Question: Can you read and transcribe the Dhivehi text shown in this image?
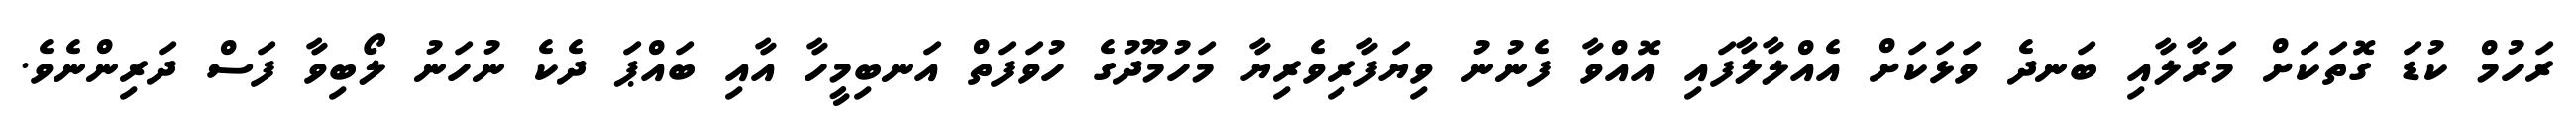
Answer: ރަހުމް ކުޑަ ގޮތަކަށް މަރާލާއި ބަނދެ ވަޅަކަށް އެއްލާލާފައި އޮއްވާ ފެނުނު ވިޔަފާރިވެރިޔާ މަހުމޫދުގެ ހުވަފަތް އަނބިމީހާ އާއި ބައްޕަ ދެކެ ނުހަނު ލޯބިވާ ފަސް ދަރިންނެވެ.